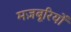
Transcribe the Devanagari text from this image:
मज़बूरियों